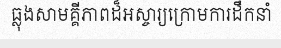
ធ្លុងសាមគ្គីភាពដ៏អស្ចារ្យក្រោមការដឹកនាំ